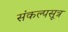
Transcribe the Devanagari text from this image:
संकल्पसूत्र